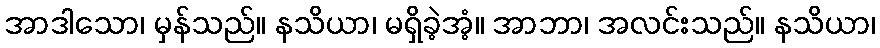
အာဒါသော၊ မှန်သည်။ နသိယာ၊ မရှိခဲ့အံ့။ အာဘာ၊ အလင်းသည်။ နသိယာ၊